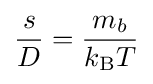
{\frac {s}{D}}={\frac {m_{b}}{k_{\text{B}}T}}